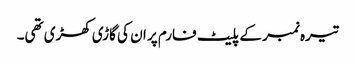
تیرہ نمبر کے پلیٹ فارم پر ان کی گاڑی کھڑی تھی۔